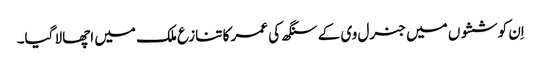
اِن کوششوں میں جنرل وی کے سنگھ کی عمر کا تنازع ملک میں اچھالا گیا۔